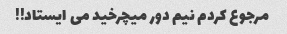
مرجوع کردم نیم دور میچرخید می ایستاد!!